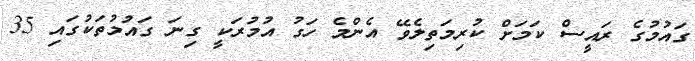
ގައުމުގެ ރައީސް ކަމަށް ކުރިމަތިލެވޭ އެންމެ ހަގު އުމުރަކީ ގިނަ ގައުމުތަކުގައި 35